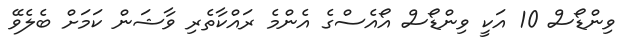
ވިންޑޯސް 10 އަކީ ވިންޑޯސް އޯއެސްގެ އެންމެ ރައްކާތެރި ވާޝަން ކަމަށް ބެލެވޭ